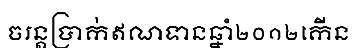
ចរន្តប្រាក់ឥណទានឆ្នាំ២០១២កើន